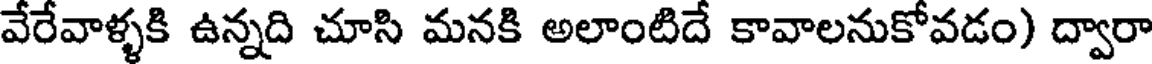
వేరేవాళ్ళకి ఉన్నది చూసి మనకి అలాంటిదే కావాలనుకోవడం) ద్వారా